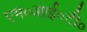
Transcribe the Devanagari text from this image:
एम०आई०टी०